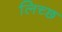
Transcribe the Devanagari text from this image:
लिच्छ